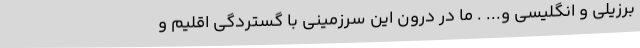
برزیلی و انگلیسی و... . ما در درون این سرزمینی با گستردگی اقلیم و